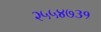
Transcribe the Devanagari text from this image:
२५५४७३१